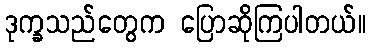
ဒုက္ခသည်တွေက ပြောဆိုကြပါတယ်။